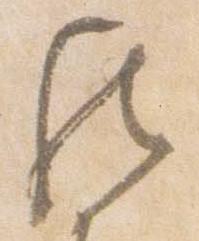
然